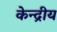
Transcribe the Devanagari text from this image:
केन्‍द्रीय